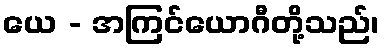
ယေ - အကြင်ယောဂီတို့သည်၊